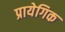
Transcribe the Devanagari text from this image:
प्रायेगिक